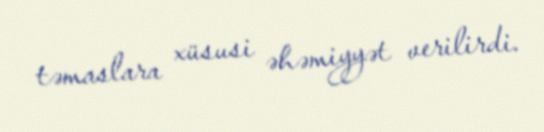
təmaslara xüsusi əhəmiyyət verilirdi.